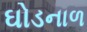
ઘોડનાળ